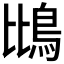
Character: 𫚰